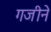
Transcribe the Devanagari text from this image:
गजीने